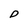
Character: D